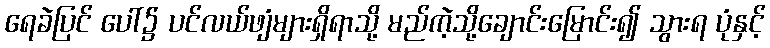
ရေခဲပြင် ပေါ်၌ ပင်လယ်ဖျံများရှိရာသို့ မည်ကဲ့သို့ချောင်းမြောင်း၍ သွားရ ပုံနှင့်